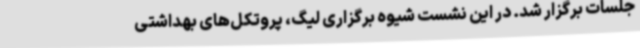
جلسات برگزار شد. در این نشست شیوه برگزاری لیگ، پروتکل‌های بهداشتی